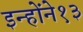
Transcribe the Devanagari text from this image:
इन्होंने१३